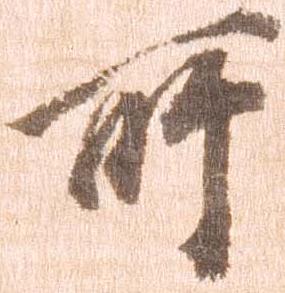
所